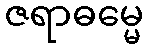
ဇရာဓမ္မေ